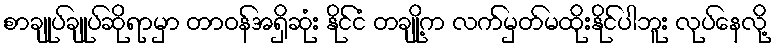
စာချုပ်ချုပ်ဆိုရာမှာ တာဝန်အရှိဆုံး နိုင်ငံ တချို့က လက်မှတ်မထိုးနိုင်ပါဘူး လုပ်နေလို့